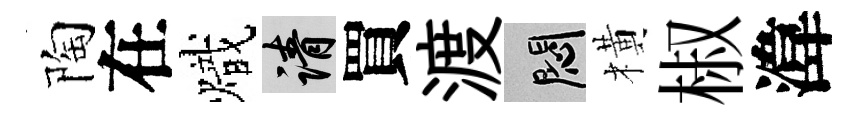
陶在熾請買渡悶橫椒湋